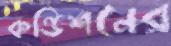
কন্ডিশনের